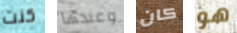
كنت وعندها كان هو